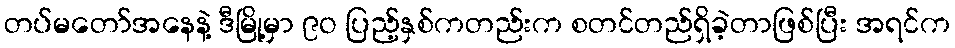
တပ်မတော်အနေနဲ့ ဒီမြို့မှာ ၉ဝ ပြည့်နှစ်ကတည်းက စတင်တည်ရှိခဲ့တာဖြစ်ပြီး အရင်က